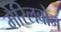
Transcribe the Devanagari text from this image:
मैरिलबोन